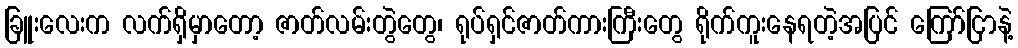
ခြူးလေးက လက်ရှိမှာတော့ ဇာတ်လမ်းတွဲတွေ၊ ရုပ်ရှင်ဇာတ်ကားကြီးတွေ ရိုက်ကူးနေရတဲ့အပြင် ကြော်ငြာနဲ့